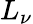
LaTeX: L_{\nu}